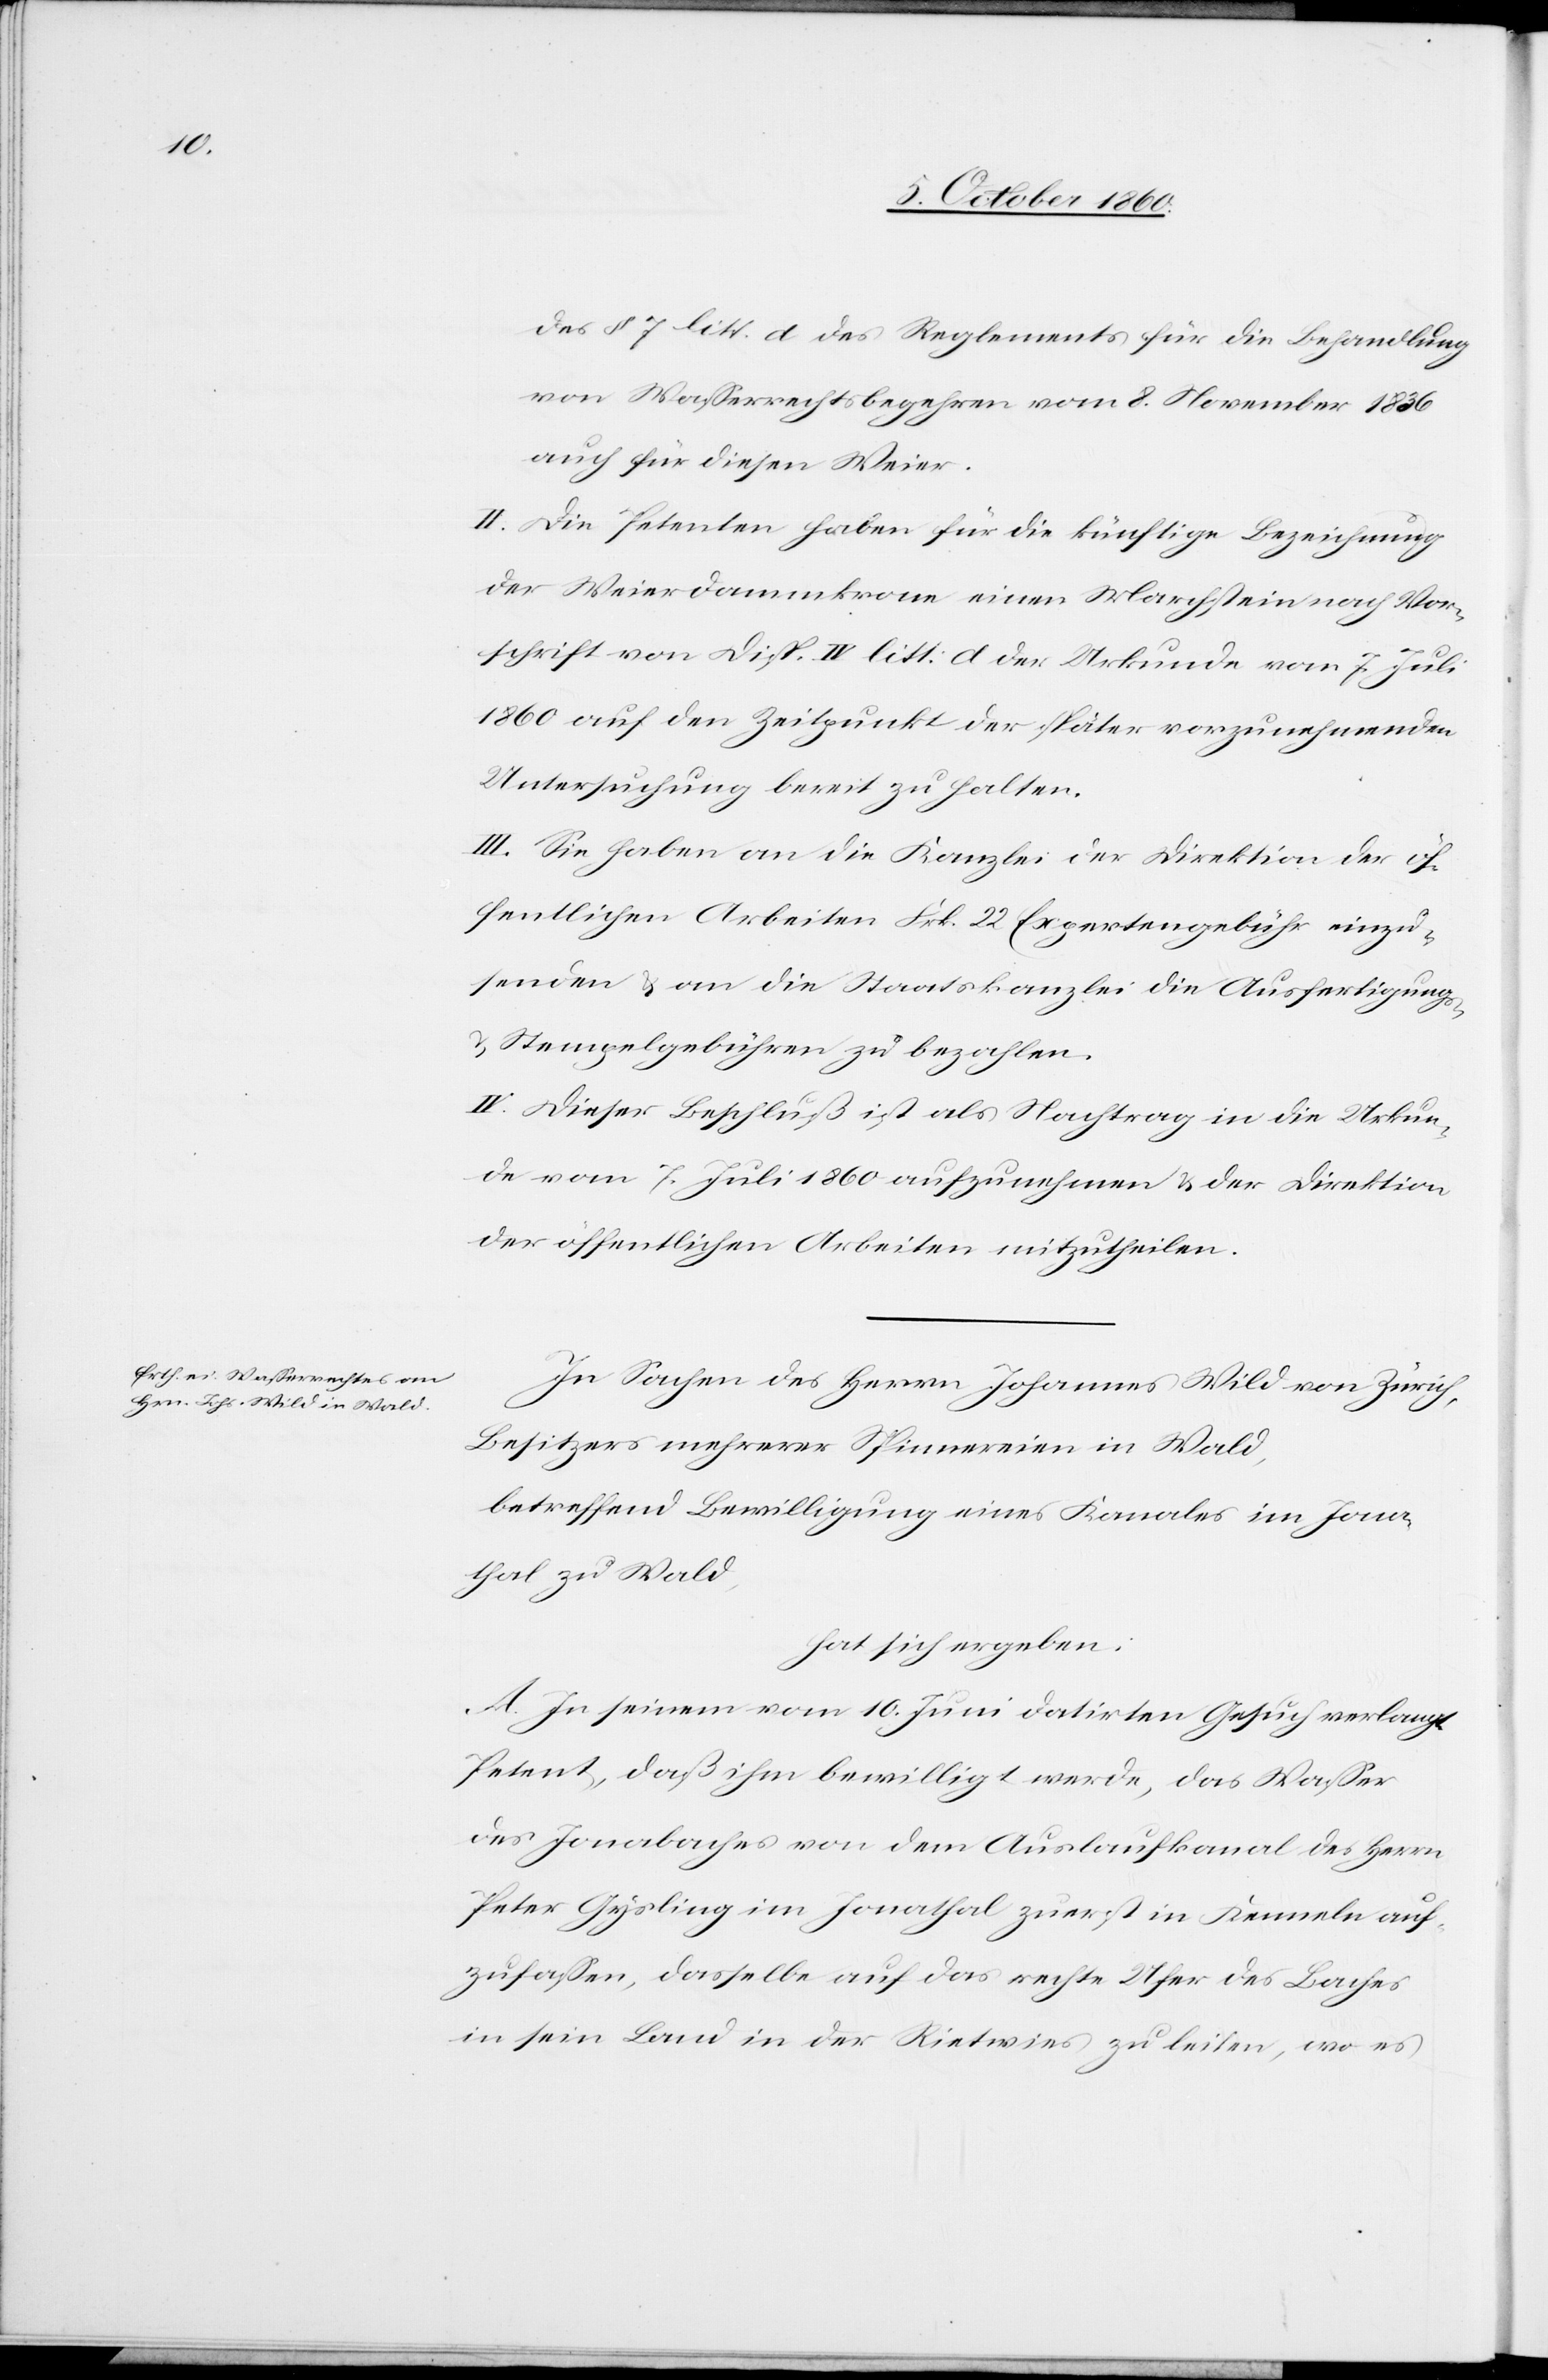
des § 7 litt. d des Reglements für die Behandlung
von Wasserrechtsbegehren vom 8. November 1836
auch für diesen Weier.
II. Die Petenten haben für die künftige Bezeichnung
der Weierdammkrone einen Marchstein nach Vor¬
schrift von Disp. IV. litt. d. der Urkunde vom 7. Juli
1860 auf den Zeitpunkt der später vorzunehmenden
Untersuchung bereit zu halten.
III. Sie haben an die Kanzlei der Direktion der ö¬
ffentlichen Arbeiten Frk. 22 Expertengebühr einzu¬
senden u. an die Staatskanzlei die Ausfertigungs-
u. Stempelgebühren zu bezahlen.
IV. Dieser Beschluß ist als Nachtrag in die Urkun¬
de vom 7. Juli 1860 aufzunehmen u. der Direktion
der öffentlichen Arbeiten mitzutheilen.
In Sachen des Herren Johannes Wild von Zürich,
Besitzers mehrerer Spinnereien in Wald,
betreffend Bewilligung eines Kanales im Jona¬
thal zu Wald,
hat sich ergeben:
A. In seinem vom 10. Juni datirten Gesuch verlangt
Petent, daß ihm bewilligt werde, das Wasser
des Jonabaches von dem Auslaufkanal des Herrn
Peter Gysling im Jonathal zuerst in Kenneln auf¬
zufaßen, dasselbe auf das rechte Ufer des Baches
in sein Land in der Rietwies zu leiten, wo es